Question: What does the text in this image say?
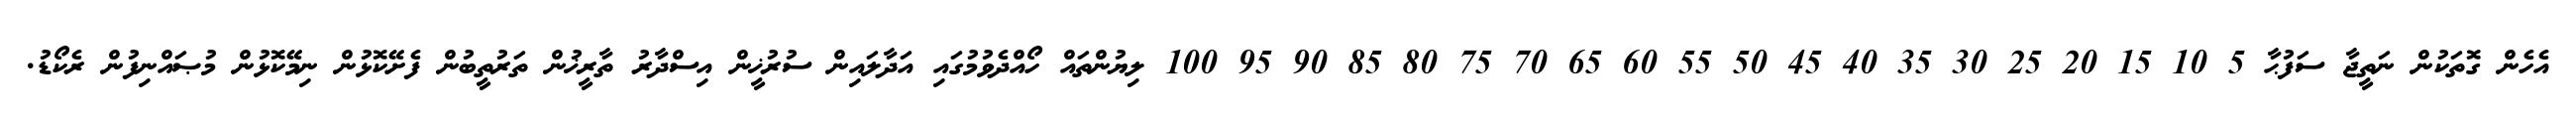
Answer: އެހެން ގޮތަކުން ނަތީޖާ ސަފުޙާ 5 10 15 20 25 30 35 40 45 50 55 60 65 70 75 80 85 90 95 100 ލިޔުންތައް ހޯއްދެވުމުގައި އަދާލައިން ސުރުޚީން އިސްދާރު ތާރީޚުން ތަރުތީބުން ފެށޭކޮޅުން ނިމޭކޮޅުން މުޞައްނިފުން ރެކޯޑު.